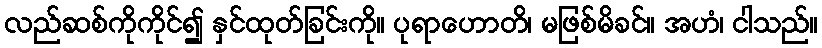
လည်ဆစ်ကိုကိုင်၍ နှင်ထုတ်ခြင်းကို။ ပုရာဟောတိ၊ မဖြစ်မိခင်။ အဟံ၊ ငါသည်။